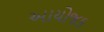
આયોજક